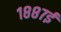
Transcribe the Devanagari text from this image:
१८८७ई